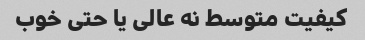
کیفیت متوسط نه عالی یا حتی خوب